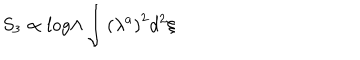
LaTeX: S _ { 3 } \propto l o g \Lambda \int { \left( \lambda ^ { a } \right) ^ { 2 } d ^ { 2 } \xi }